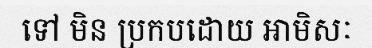
ទៅ មិន ប្រកបដោយ អាមិសៈ